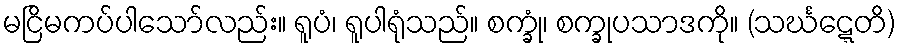
မငြိမကပ်ပါသော်လည်း။ ရူပံ၊ ရူပါရုံသည်။ စက္ခုံ၊ စက္ခုပသာဒကို။ (သင်္ဃဋ္ဋေတိ)